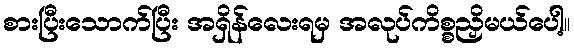
စားပြီးသောက်ပြီး အရှိန်လေးရမှ အလုပ်ကိစ္စညှိမယ်ပေါ့။